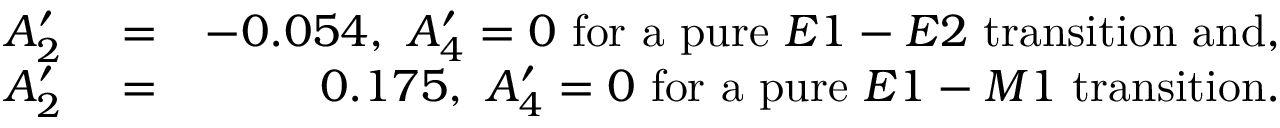
\begin{array} { r l r } { A _ { 2 } ^ { \prime } } & { { } = } & { - 0 . 0 5 4 , \ A _ { 4 } ^ { \prime } = 0 \ \mathrm { f o r \ a \ p u r e } \ E 1 - E 2 \mathrm { \ t r a n s i t i o n \ a n d , } } \\ { A _ { 2 } ^ { \prime } } & { { } = } & { 0 . 1 7 5 , \ A _ { 4 } ^ { \prime } = 0 \ \mathrm { f o r \ a \ p u r e } \ E 1 - M 1 \mathrm { \ t r a n s i t i o n . } } \end{array}